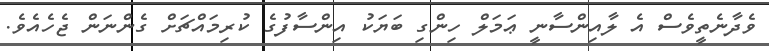
ވެދާނެތީވެސް އެ ލާއިންސާނީ ޢަމަލް ހިންގި ބަޔަކު އިންސާފުގެ ކުރިމައްޗަށް ގެންނަން ޖެހެއެވެ.